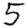
Digit: 5